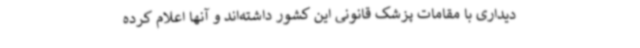
دیداری با مقامات پزشک قانونی این کشور داشته‌اند و آنها اعلام کرده